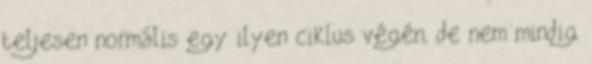
teljesen normális egy ilyen ciklus végén, de nem mindig